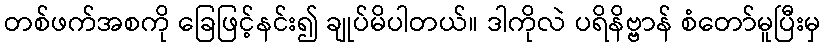
တစ်ဖက်အစကို ခြေဖြင့်နင်း၍ ချုပ်မိပါတယ်။ ဒါကိုလဲ ပရိနိဗ္ဗာန် စံတော်မူပြီးမှ